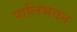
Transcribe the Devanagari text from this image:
पालिभवन